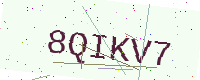
Text: 8QIKV7